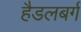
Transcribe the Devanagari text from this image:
हैडलबर्ग